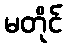
မတိုင်